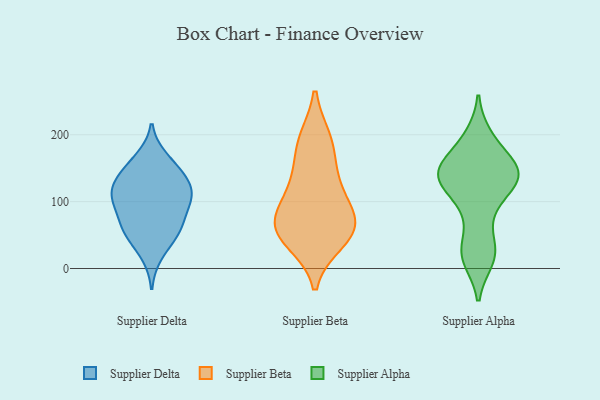
{"axis": {"x": "Headcount", "y": "Value"}, "legend": ["Supplier Alpha", "Supplier Beta", "Supplier Delta"], "data": [{"x": "", "y": 62, "type": "Supplier Delta"}, {"x": "", "y": 59, "type": "Supplier Delta"}, {"x": "", "y": 104, "type": "Supplier Delta"}, {"x": "", "y": 95, "type": "Supplier Delta"}, {"x": "", "y": 102, "type": "Supplier Delta"}, {"x": "", "y": 157, "type": "Supplier Delta"}, {"x": "", "y": 128, "type": "Supplier Delta"}, {"x": "", "y": 143, "type": "Supplier Delta"}, {"x": "", "y": 114, "type": "Supplier Delta"}, {"x": "", "y": 85, "type": "Supplier Delta"}, {"x": "", "y": 119, "type": "Supplier Delta"}, {"x": "", "y": 51, "type": "Supplier Delta"}, {"x": "", "y": 130, "type": "Supplier Delta"}, {"x": "", "y": 165, "type": "Supplier Delta"}, {"x": "", "y": 53, "type": "Supplier Delta"}, {"x": "", "y": 20, "type": "Supplier Delta"}, {"x": "", "y": 42, "type": "Supplier Beta"}, {"x": "", "y": 61, "type": "Supplier Beta"}, {"x": "", "y": 187, "type": "Supplier Beta"}, {"x": "", "y": 58, "type": "Supplier Beta"}, {"x": "", "y": 67, "type": "Supplier Beta"}, {"x": "", "y": 139, "type": "Supplier Beta"}, {"x": "", "y": 191, "type": "Supplier Beta"}, {"x": "", "y": 118, "type": "Supplier Beta"}, {"x": "", "y": 93, "type": "Supplier Beta"}, {"x": "", "y": 58, "type": "Supplier Beta"}, {"x": "", "y": 15, "type": "Supplier Alpha"}, {"x": "", "y": 92, "type": "Supplier Alpha"}, {"x": "", "y": 131, "type": "Supplier Alpha"}, {"x": "", "y": 191, "type": "Supplier Alpha"}, {"x": "", "y": 14, "type": "Supplier Alpha"}, {"x": "", "y": 141, "type": "Supplier Alpha"}, {"x": "", "y": 92, "type": "Supplier Alpha"}, {"x": "", "y": 128, "type": "Supplier Alpha"}, {"x": "", "y": 139, "type": "Supplier Alpha"}, {"x": "", "y": 147, "type": "Supplier Alpha"}, {"x": "", "y": 32, "type": "Supplier Alpha"}, {"x": "", "y": 146, "type": "Supplier Alpha"}, {"x": "", "y": 197, "type": "Supplier Alpha"}, {"x": "", "y": 140, "type": "Supplier Alpha"}, {"x": "", "y": 140, "type": "Supplier Alpha"}, {"x": "", "y": 164, "type": "Supplier Alpha"}, {"x": "", "y": 31, "type": "Supplier Alpha"}]}